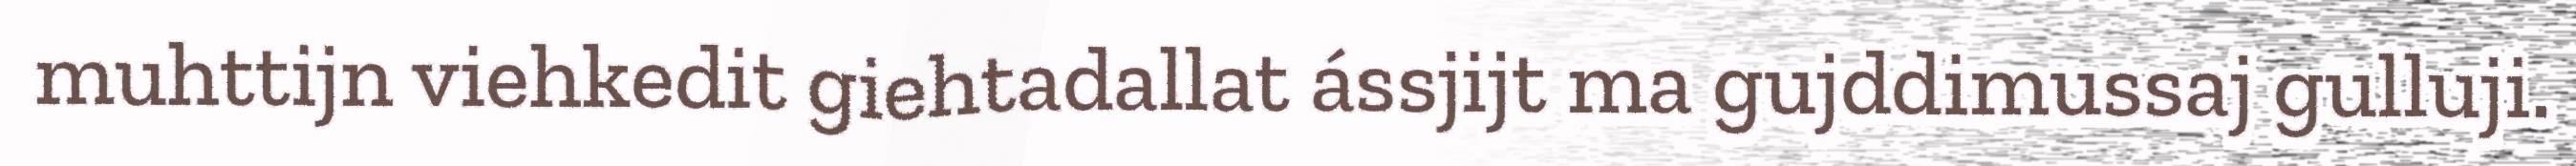
muhttijn viehkedit giehtadallat ássjijt ma gujddimussaj gulluji.